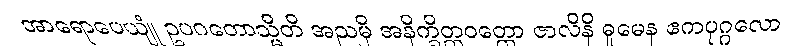
အာရောပေယျုံ ဥပဂတောသ္မီတိ အညမှိ အနိက္ခိတ္တဝတ္တော ဇာလိနိ ဓူမေန ဧကပုဂ္ဂလော